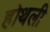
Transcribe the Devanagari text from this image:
होथली